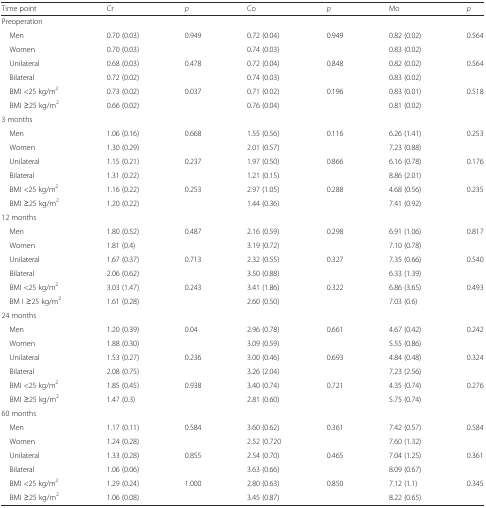
<table><thead><tr><td><b>Time point</b></td><td><b>Cr</b></td><td><b><i>p</i></b></td><td><b>Co</b></td><td><b><i>p</i></b></td><td><b>Mo</b></td><td><b><i>p</i></b></td></tr></thead><tbody><tr><td>Preoperation</td><td></td><td></td><td></td><td></td><td></td><td></td></tr><tr><td> Men</td><td>0.70 (0.03)</td><td>0.949</td><td>0.72 (0.04)</td><td>0.949</td><td>0.82 (0.02)</td><td>0.564</td></tr><tr><td> Women</td><td>0.70 (0.03)</td><td></td><td>0.74 (0.03)</td><td></td><td>0.83 (0.02)</td><td></td></tr><tr><td> Unilateral</td><td>0.68 (0.03)</td><td>0.478</td><td>0.72 (0.04)</td><td>0.848</td><td>0.82 (0.02)</td><td>0.564</td></tr><tr><td> Bilateral</td><td>0.72 (0.02)</td><td></td><td>0.74 (0.03)</td><td></td><td>0.83 (0.02)</td><td></td></tr><tr><td> BMI &lt;25 kg/m<sup>2</sup></td><td>0.73 (0.02)</td><td>0.037</td><td>0.71 (0.02)</td><td>0.196</td><td>0.83 (0.01)</td><td>0.518</td></tr><tr><td> BMI ≥25 kg/m<sup>2</sup></td><td>0.66 (0.02)</td><td></td><td>0.76 (0.04)</td><td></td><td>0.81 (0.02)</td><td></td></tr><tr><td>3 months</td><td></td><td></td><td></td><td></td><td></td><td></td></tr><tr><td> Men</td><td>1.06 (0.16)</td><td>0.668</td><td>1.55 (0.56)</td><td>0.116</td><td>6.26 (1.41)</td><td>0.253</td></tr><tr><td> Women</td><td>1.30 (0.29)</td><td></td><td>2.01 (0.57)</td><td></td><td>7.23 (0.88)</td><td></td></tr><tr><td> Unilateral</td><td>1.15 (0.21)</td><td>0.237</td><td>1.97 (0.50)</td><td>0.866</td><td>6.16 (0.78)</td><td>0.176</td></tr><tr><td> Bilateral</td><td>1.31 (0.22)</td><td></td><td>1.21 (0.15)</td><td></td><td>8.86 (2.01)</td><td></td></tr><tr><td> BMI &lt;25 kg/m<sup>2</sup></td><td>1.16 (0.22)</td><td>0.253</td><td>2.97 (1.05)</td><td>0.288</td><td>4.68 (0.56)</td><td>0.235</td></tr><tr><td> BMI ≥25 kg/m<sup>2</sup></td><td>1.20 (0.22)</td><td></td><td>1.44 (0.36)</td><td></td><td>7.41 (0.92)</td><td></td></tr><tr><td>12 months</td><td></td><td></td><td></td><td></td><td></td><td></td></tr><tr><td> Men</td><td>1.80 (0.52)</td><td>0.487</td><td>2.16 (0.59)</td><td>0.298</td><td>6.91 (1.06)</td><td>0.817</td></tr><tr><td> Women</td><td>1.81 (0.4)</td><td></td><td>3.19 (0.72)</td><td></td><td>7.10 (0.78)</td><td></td></tr><tr><td> Unilateral</td><td>1.67 (0.37)</td><td>0.713</td><td>2.32 (0.55)</td><td>0.327</td><td>7.35 (0.66)</td><td>0.540</td></tr><tr><td> Bilateral</td><td>2.06 (0.62)</td><td></td><td>3.50 (0.88)</td><td></td><td>6.33 (1.39)</td><td></td></tr><tr><td> BMI &lt;25 kg/m<sup>2</sup></td><td>3.03 (1.47)</td><td>0.243</td><td>3.41 (1.86)</td><td>0.322</td><td>6.86 (3.65)</td><td>0.493</td></tr><tr><td> BM I ≥25 kg/m<sup>2</sup></td><td>1.61 (0.28)</td><td></td><td>2.60 (0.50)</td><td></td><td>7.03 (0.6)</td><td></td></tr><tr><td>24 months</td><td></td><td></td><td></td><td></td><td></td><td></td></tr><tr><td> Men</td><td>1.20 (0.39)</td><td>0.04</td><td>2.96 (0.78)</td><td>0.661</td><td>4.67 (0.42)</td><td>0.242</td></tr><tr><td> Women</td><td>1.88 (0.30)</td><td></td><td>3.09 (0.59)</td><td></td><td>5.55 (0.86)</td><td></td></tr><tr><td> Unilateral</td><td>1.53 (0.27)</td><td>0.236</td><td>3.00 (0.46)</td><td>0.693</td><td>4.84 (0.48)</td><td>0.324</td></tr><tr><td> Bilateral</td><td>2.08 (0.75)</td><td></td><td>3.26 (2.04)</td><td></td><td>7.23 (2.56)</td><td></td></tr><tr><td> BMI &lt;25 kg/m<sup>2</sup></td><td>1.85 (0.45)</td><td>0.938</td><td>3.40 (0.74)</td><td>0.721</td><td>4.35 (0.74)</td><td>0.276</td></tr><tr><td> BMI ≥25 kg/m<sup>2</sup></td><td>1.47 (0.3)</td><td></td><td>2.81 (0.60)</td><td></td><td>5.75 (0.74)</td><td></td></tr><tr><td>60 months</td><td></td><td></td><td></td><td></td><td></td><td></td></tr><tr><td> Men</td><td>1.17 (0.11)</td><td>0.584</td><td>3.60 (0.62)</td><td>0.361</td><td>7.42 (0.57)</td><td>0.584</td></tr><tr><td> Women</td><td>1.24 (0.28)</td><td></td><td>2.52 (0.720</td><td></td><td>7.60 (1.32)</td><td></td></tr><tr><td> Unilateral</td><td>1.33 (0.28)</td><td>0.855</td><td>2.54 (0.70)</td><td>0.465</td><td>7.04 (1.25)</td><td>0.361</td></tr><tr><td> Bilateral</td><td>1.06 (0.06)</td><td></td><td>3.63 (0.66)</td><td></td><td>8.09 (0.67)</td><td></td></tr><tr><td> BMI &lt;25 kg/m<sup>2</sup></td><td>1.29 (0.24)</td><td>1.000</td><td>2.80 (0.63)</td><td>0.850</td><td>7.12 (1.1)</td><td>0.345</td></tr><tr><td> BMI ≥25 kg/m<sup>2</sup></td><td>1.06 (0.08)</td><td></td><td>3.45 (0.87)</td><td></td><td>8.22 (0.65)</td><td></td></tr></tbody></table>